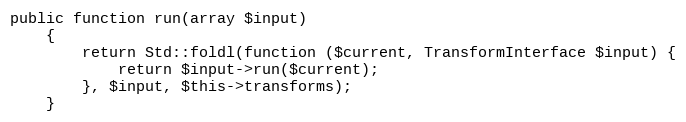
Language: PHP
public function run(array $input)
    {
        return Std::foldl(function ($current, TransformInterface $input) {
            return $input->run($current);
        }, $input, $this->transforms);
    }